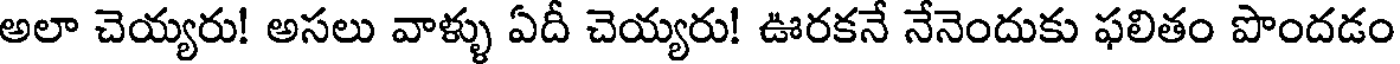
అలా చెయ్యరు! అసలు వాళ్ళు ఏదీ చెయ్యరు! ఊరకనే నేనెందుకు ఫలితం పొందడం